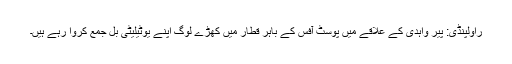
راولپنڈی: پیر واہدی کے علاقے میں پوسٹ آفس کے باہر قطار میں کھڑے لوگ اپنے یوٹیلیٹی بل جمع کروا رہے ہیں۔